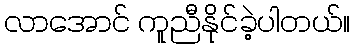
လာအောင် ကူညီနိုင်ခဲ့ပါတယ်။